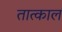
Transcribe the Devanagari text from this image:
तात्काल